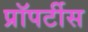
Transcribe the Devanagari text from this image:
प्रॉपर्टीस